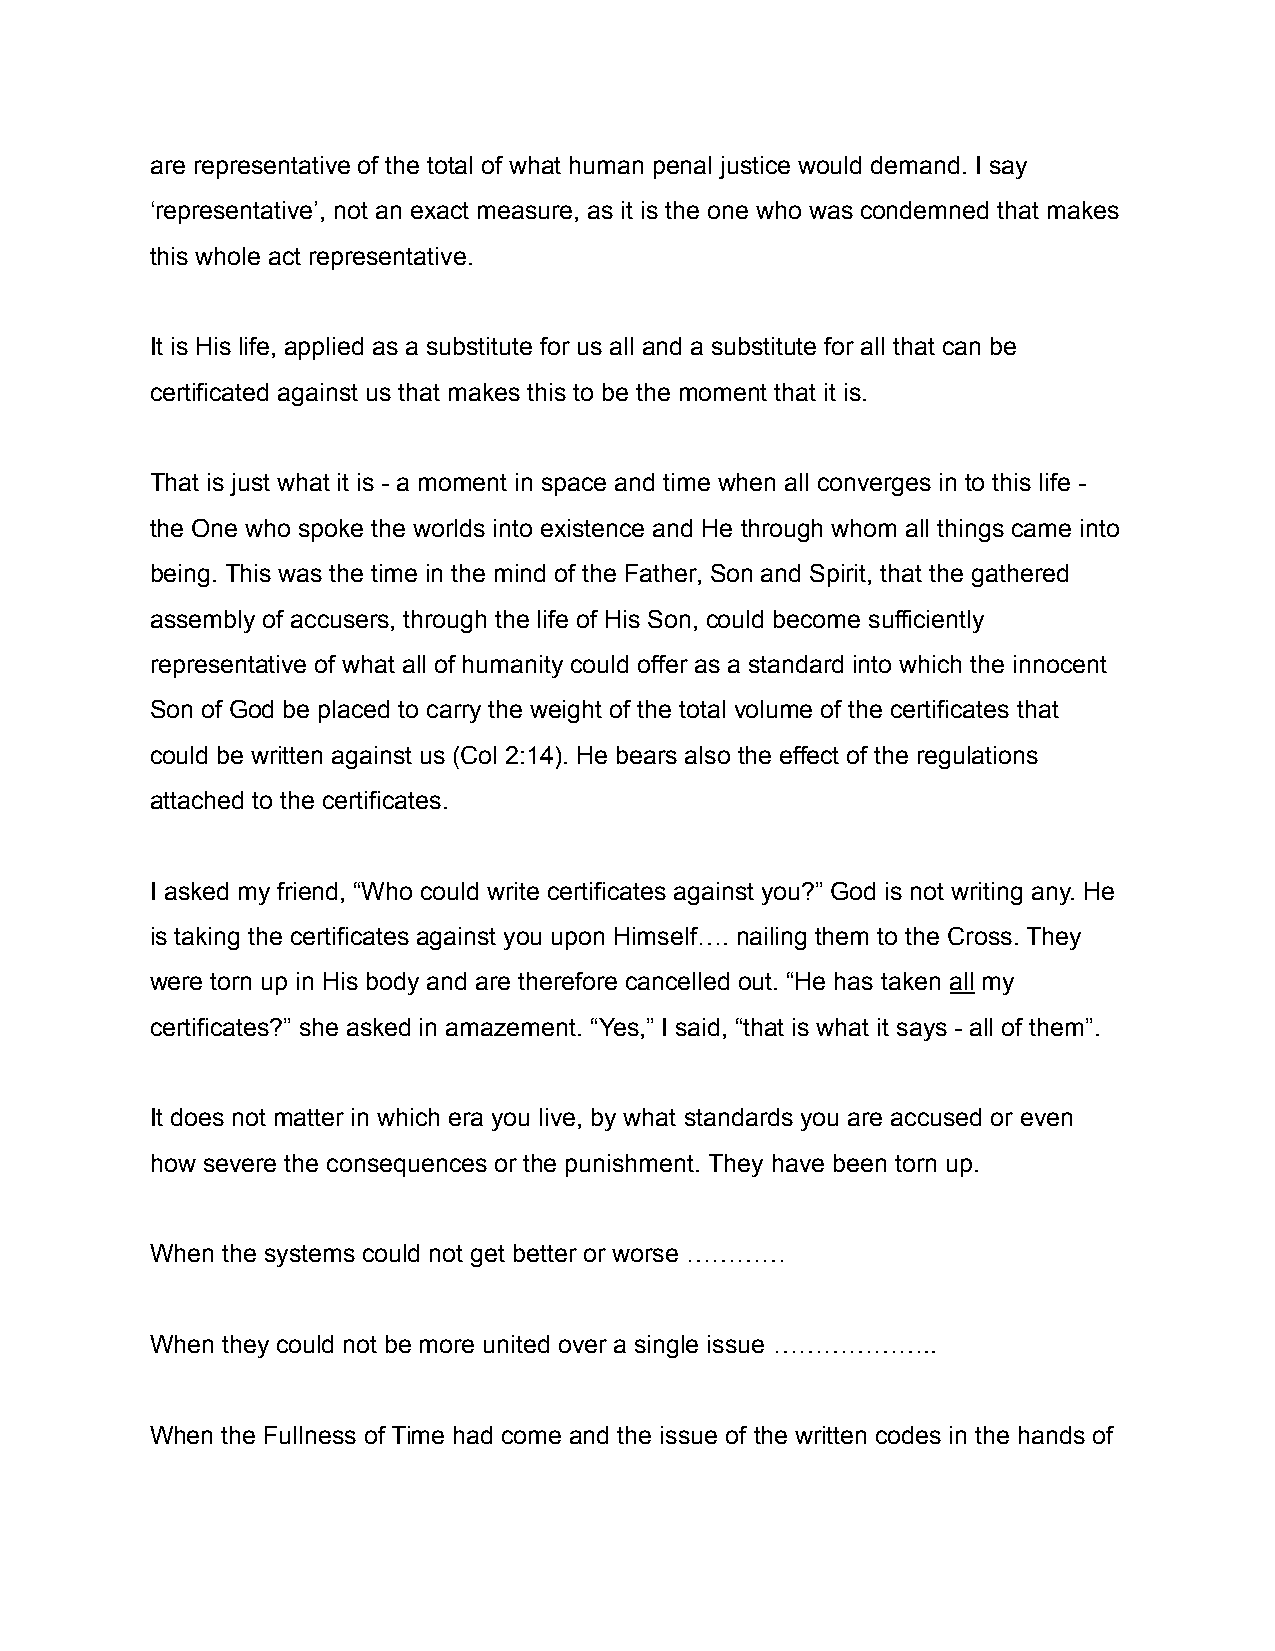
are representative of the total of what human penal justice would demand. I say
 ‘representative’, not an exact measure, as it is the one who was condemned that makes
 this whole act representative.
 It is His life, applied as a substitute for us all and a substitute for all that can be
 certificated against us that makes this to be the moment that it is.
 That is just what it is - a moment in space and time when all converges in to this life -
 the One who spoke the worlds into existence and He through whom all things came into
 being. This was the time in the mind of the Father, Son and Spirit, that the gathered
 assembly of accusers, through the life of His Son, could become sufficiently
 representative of what all of humanity could offer as a standard into which the innocent
 Son of God be placed to carry the weight of the total volume of the certificates that
 could be written against us (Col 2:14). He bears also the effect of the regulations
 attached to the certificates.
 I asked my friend, “Who could write certificates against you?” God is not writing any. He
 is taking the certificates against you upon Himself…. nailing them to the Cross. They
 were torn up in His body and are therefore cancelled out. “He has taken all my
 certificates?” she asked in amazement. “Yes,” I said, “that is what it says - all of them”.
 It does not matter in which era you live, by what standards you are accused or even
 how severe the consequences or the punishment. They have been torn up.
 When the systems could not get better or worse …………
 When they could not be more united over a single issue ………………..
 When the Fullness of Time had come and the issue of the written codes in the hands of